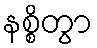
နစ္စိတွာ